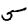
Digit: 5